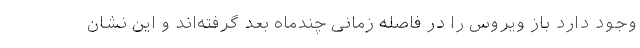
وجود دارد باز ویروس را در فاصله زمانی چندماه بعد گرفته‌اند و این نشان